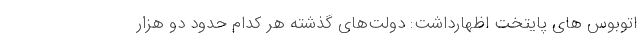
اتوبوس های پایتخت اظهارداشت: دولت‌های گذشته هر کدام حدود دو هزار